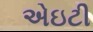
એઇટી